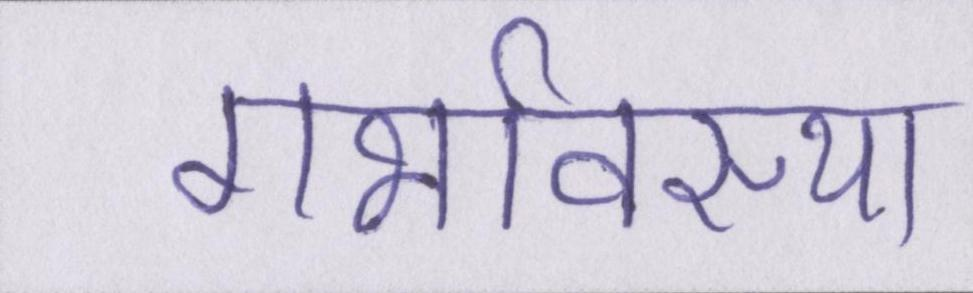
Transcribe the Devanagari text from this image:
गर्भावस्था